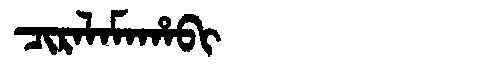
Manchu: ᠴᡳᡵᠠᠯᠠᠮᠠᡥᠠᠪᡳ
Romanization: CIRALAMAHABI